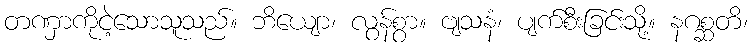
တဏှာကိုငဲ့သောသူသည်။ ဘိယျော၊ လွန်စွာ။ ဗျသနံ၊ ပျက်စီးခြင်းသို့။ နဂစ္ဆတိ၊